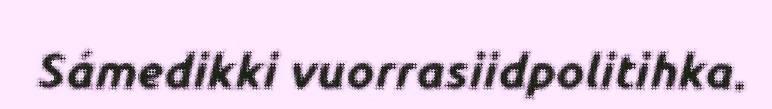
Sámedikki vuorrasiidpolitihka.